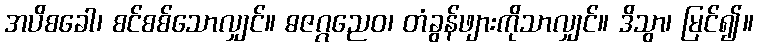
အပိစခေါ၊ စင်စစ်သောလျှင်။ ဓဇဂ္ဂညေဝ၊ တံခွန်ဖျားကိုသာလျှင်။ ဒိသွာ၊ မြင်၍။